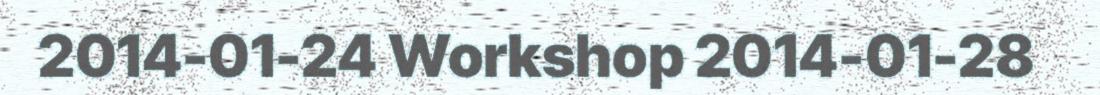
2014-01-24 Workshop 2014-01-28